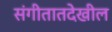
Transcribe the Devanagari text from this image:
संगीतातदेखील